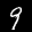
Label: 9